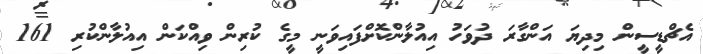
އެޗްޑީސީން މިދިޔަ އަންގާރަ ދުވަހު އިއުލާންކޮށްފައިވަނީ މީގެ ކުރިން ވިއްކަން އިއުލާންކުރި 161